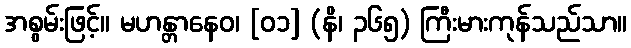
အစွမ်းဖြင့်။ မဟန္တာနေဝ၊ [၀၁] (နိ၊ ၃၆၅) ကြီးမားကုန်သည်သာ။